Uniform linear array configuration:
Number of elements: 48
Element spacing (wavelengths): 0.25
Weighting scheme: hann
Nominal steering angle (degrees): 45
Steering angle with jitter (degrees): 46.747
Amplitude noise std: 0.05
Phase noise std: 0.05

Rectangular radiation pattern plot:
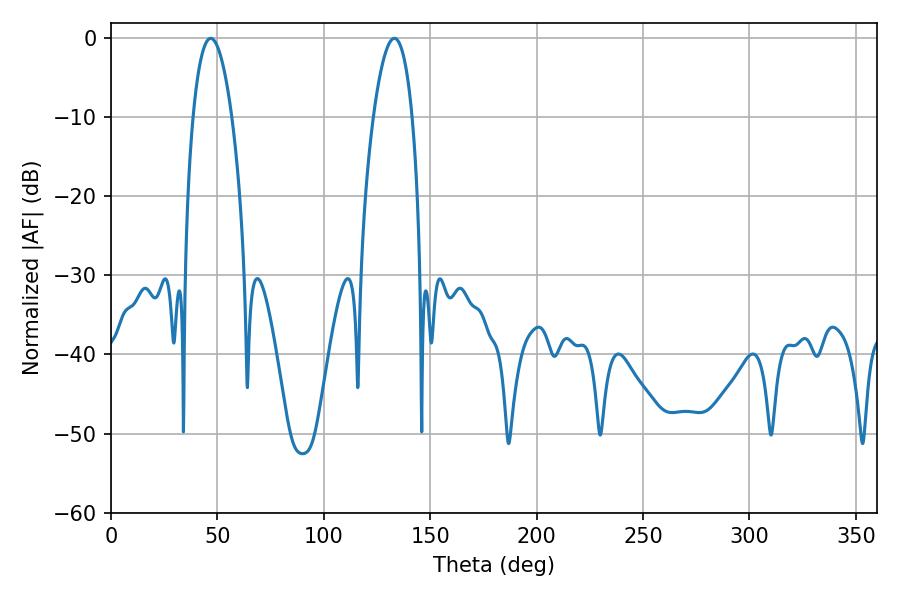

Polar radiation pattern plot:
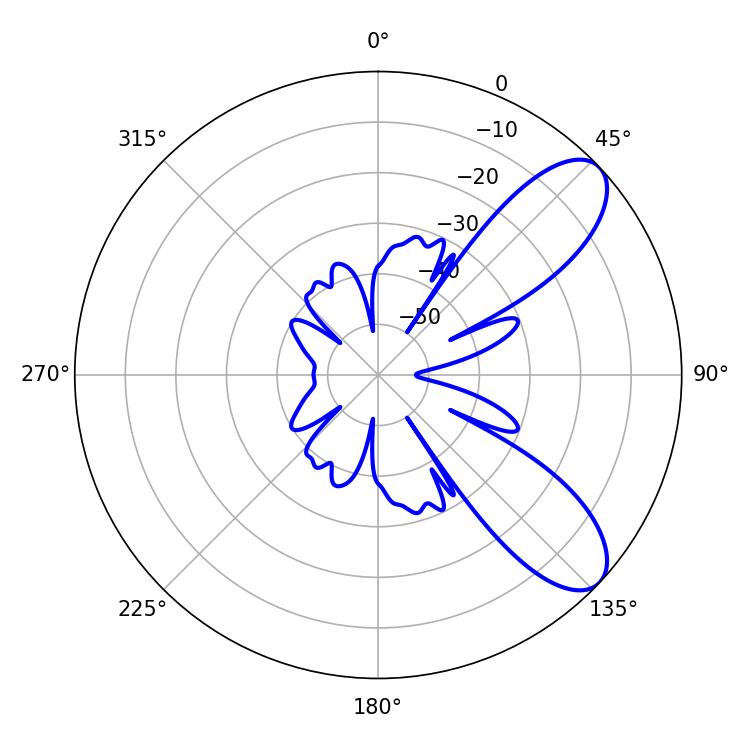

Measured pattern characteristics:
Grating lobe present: FALSE
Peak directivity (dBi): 8.587
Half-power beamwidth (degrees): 10.26
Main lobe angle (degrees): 46.8